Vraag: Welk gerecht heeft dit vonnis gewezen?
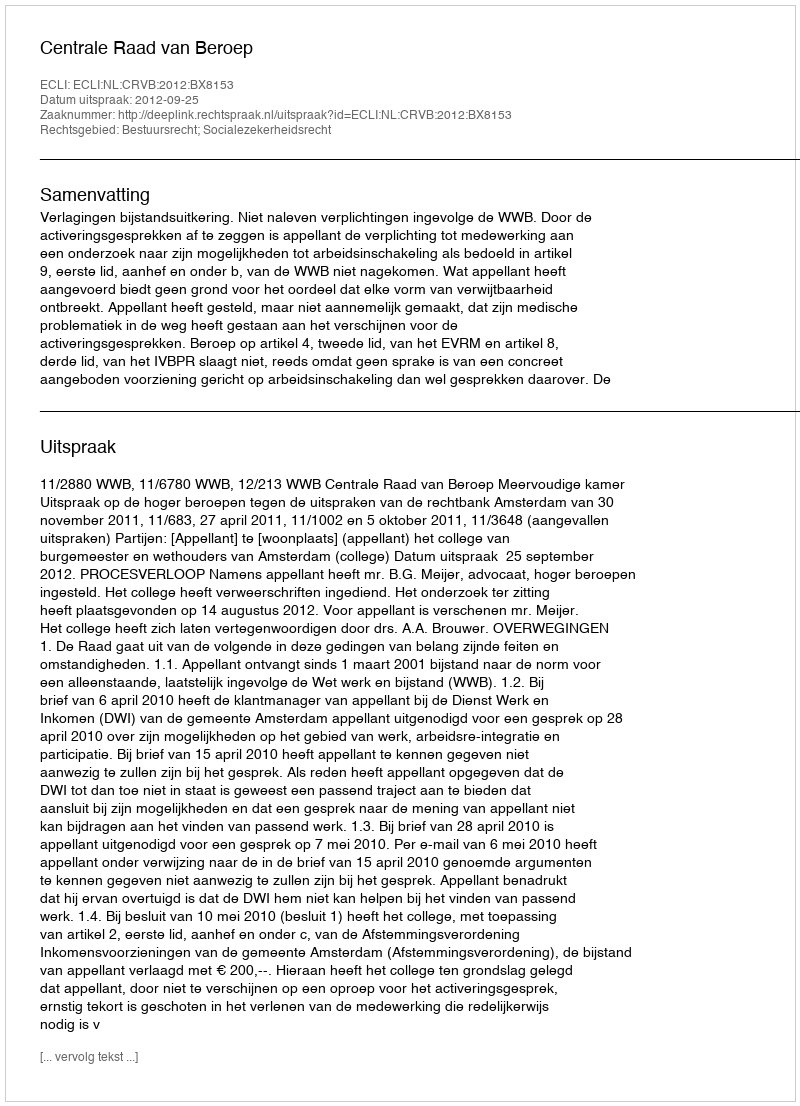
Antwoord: Centrale Raad van Beroep